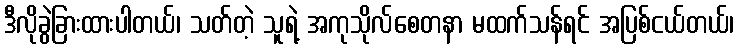
ဒီလိုခွဲခြားထားပါတယ်၊ သတ်တဲ့ သူရဲ့ အကုသိုလ်စေတနာ မထက်သန်ရင် အပြစ်ငယ်တယ်၊